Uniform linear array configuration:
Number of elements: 12
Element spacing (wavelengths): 0.25
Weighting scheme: cosine
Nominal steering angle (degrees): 60
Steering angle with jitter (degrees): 61.206
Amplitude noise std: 0.05
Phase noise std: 0.05

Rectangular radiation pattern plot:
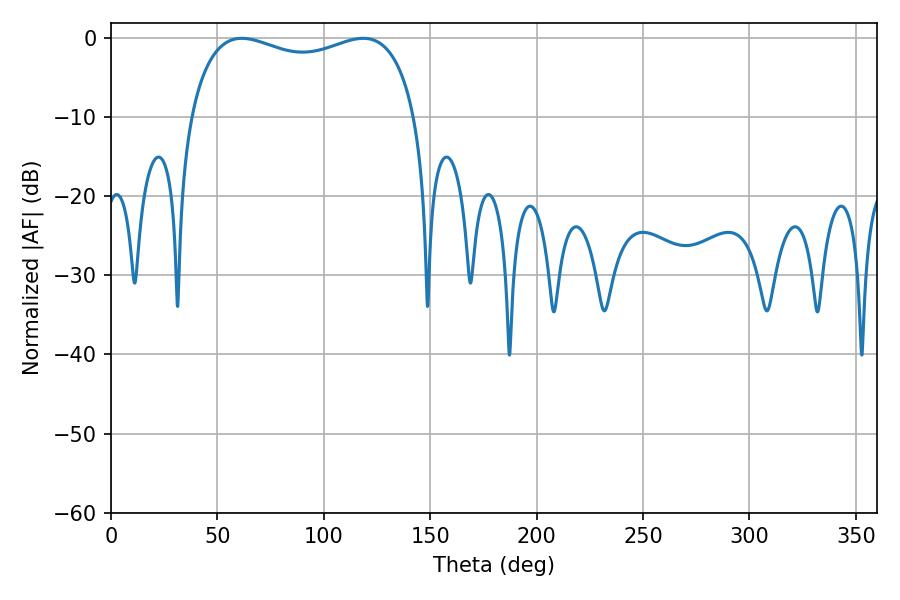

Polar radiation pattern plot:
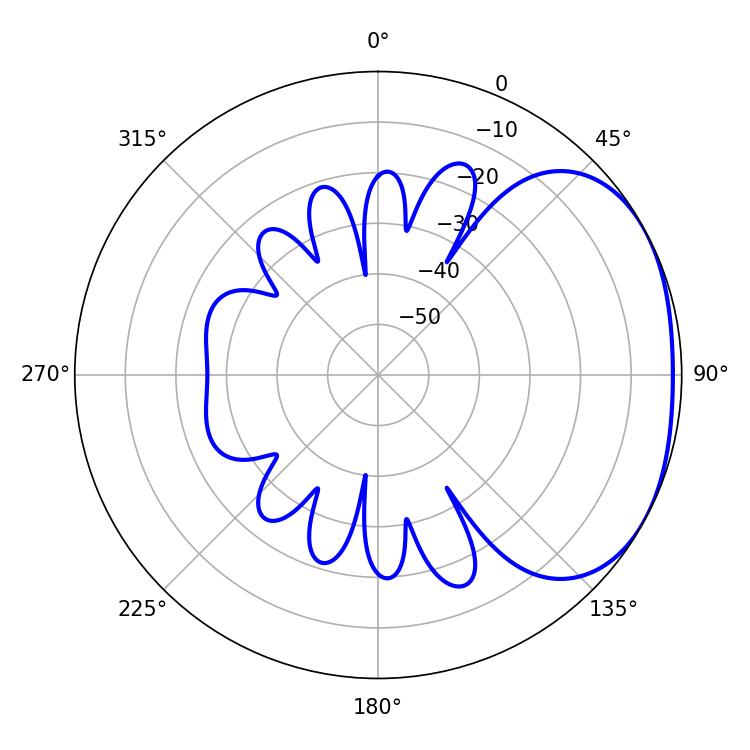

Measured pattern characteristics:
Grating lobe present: FALSE
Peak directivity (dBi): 2.238
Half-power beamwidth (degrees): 87.48
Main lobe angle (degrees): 61.56